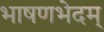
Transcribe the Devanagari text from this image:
भाषणभेदम्